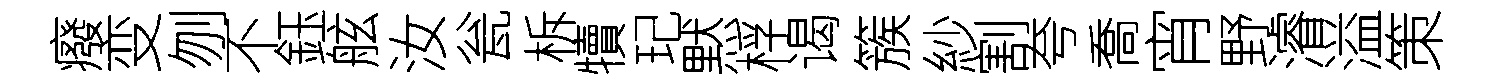
癈变刎不鈺舷汝瓮柝犢玘黙桴谒簇紗割夸喬宵野濬溢策